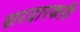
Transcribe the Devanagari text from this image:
सरदारकवि